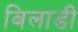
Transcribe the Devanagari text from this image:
बिलाडी